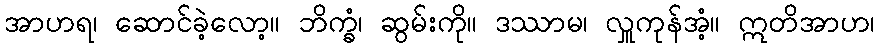
အာဟရ၊ ဆောင်ခဲ့လော့။ ဘိက္ခံ၊ ဆွမ်းကို။ ဒဿာမ၊ လှူကုန်အံ့။ ဣတိအာဟ၊